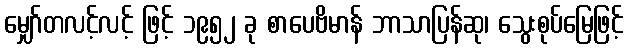
မျှော်တလင့်လင့် ဖြင့် ၁၉၅၂ ခု စာပေဗိမာန် ဘာသာပြန်ဆု၊ သွေးစုပ်မြေဖြင့်